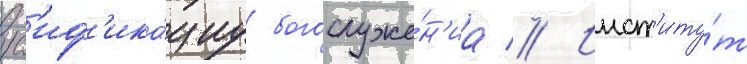
рус'иф'ика́циу богослуже́н'иа // Инст'иту́т